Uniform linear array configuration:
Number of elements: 64
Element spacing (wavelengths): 0.25
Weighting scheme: cosine
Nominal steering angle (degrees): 15
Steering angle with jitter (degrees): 14.258
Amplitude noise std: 0.05
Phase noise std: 0.05

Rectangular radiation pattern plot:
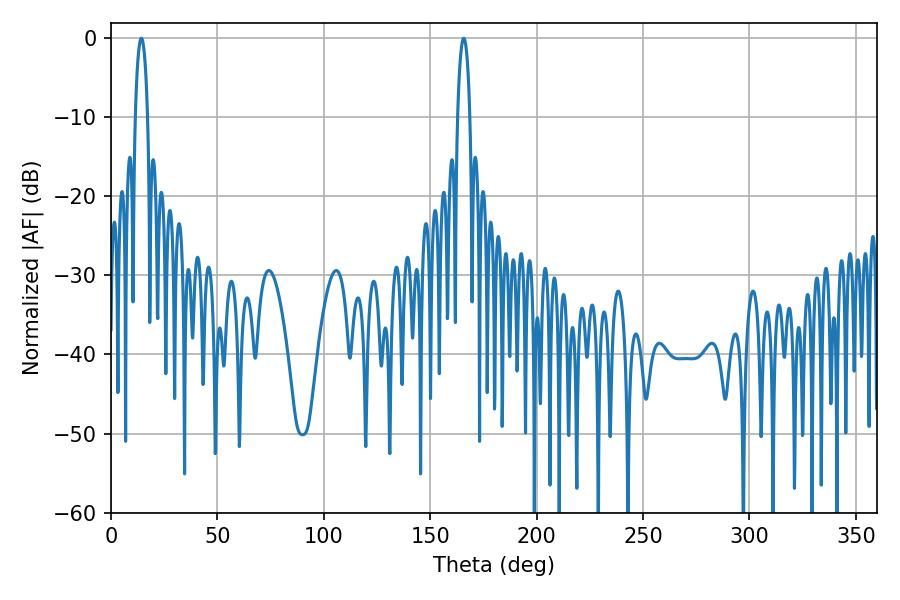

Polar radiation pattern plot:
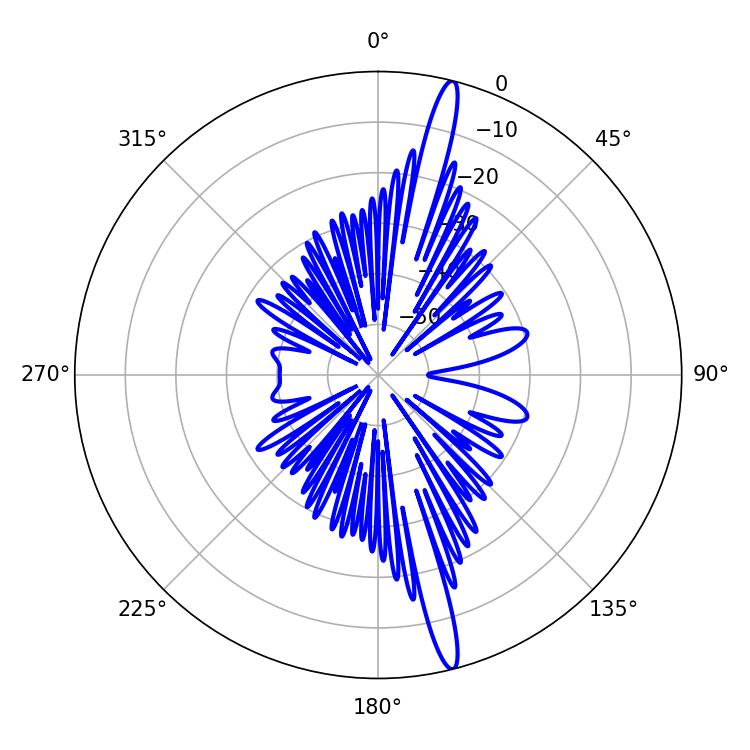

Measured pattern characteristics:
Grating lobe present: FALSE
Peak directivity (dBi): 17.942
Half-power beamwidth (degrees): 3.24
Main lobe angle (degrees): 14.22